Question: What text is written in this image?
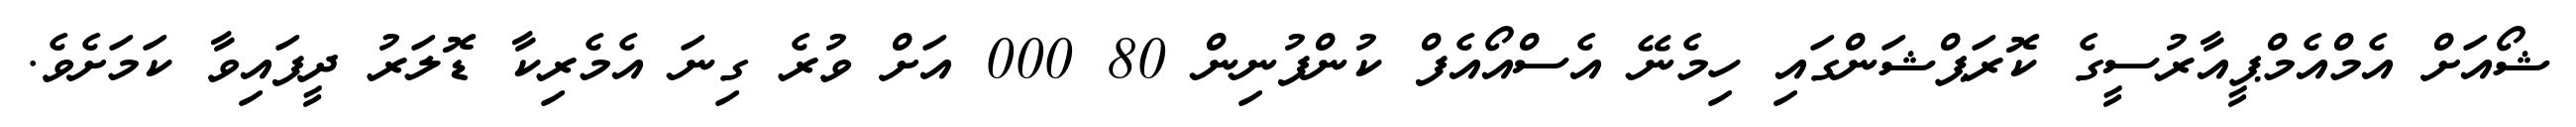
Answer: ޝޯއަށް އެމްއެމްޕީއާރުސީގެ ކޮރަޕްޝަންގައި ހިމެނޭ އެސްއޯއެފް ކުންފުނިން 80 000 އަށް ވުރެ ގިނަ އެމެރިކާ ޑޮލަރު ދީފައިވާ ކަމަށެވެ.